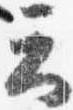
云